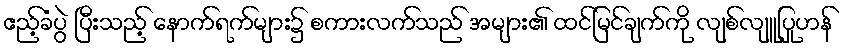
ဧည့်ခံပွဲ ပြီးသည့် နောက်ရက်များ၌ စကားလက်သည် အများ၏ ထင်မြင်ချက်ကို လျစ်လျူပြုဟန်